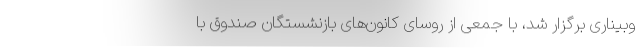
وبیناری برگزار شد، با جمعی از روسای کانون‌های بازنشستگان صندوق با